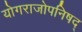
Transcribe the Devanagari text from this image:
योगराजोपनिषद्